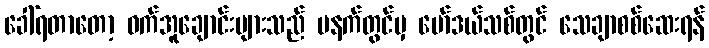
ခေါ်ရတာတော့ ဝက်အူချောင်းများသည် မနက်တွင်မှ မော်ဒယ်သစ်တွင် သေချာစစ်ဆေးရန်